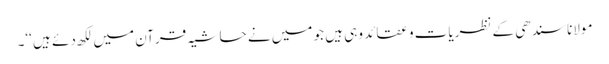
مولانا سندھی کے نظریات و عقائد وہی ہیں جو میں نے حاشیہ قرآن میں لکھ دئے ہیں ‘‘۔